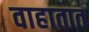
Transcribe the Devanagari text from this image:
वाहातात